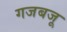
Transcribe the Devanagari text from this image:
गजबजू